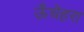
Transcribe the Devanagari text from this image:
ऊँचेहरा